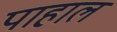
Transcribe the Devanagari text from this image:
पाहाल